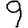
Digit: 9